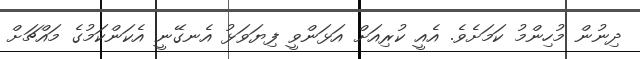
ދިނުން މުހިންމު ކަމަށެވެ. އެއީ ކުރިއަށް އަޅަންވީ ފިޔަވަޅު އެނގޭނީ އެކަންކަމުގެ މައްޗަށް